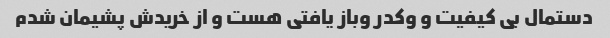
دستمال بی کیفیت و وکدر وباز یافتی هست و از خریدش پشیمان شدم